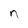
Character: n